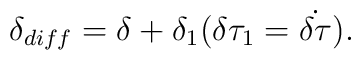
\delta _{diff} =\delta + \delta _{1} (\delta \tau _{1} =\dot{ \delta \tau}) .